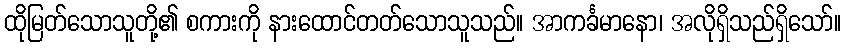
ထိုမြတ်သောသူတို့၏ စကားကို နားထောင်တတ်သောသူသည်။ အာကင်္ခမာနော၊ အလိုရှိသည်ရှိသော်။